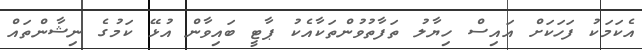
އެކަމަކު ފަހަކަށް އައިސް ހިޔާލު ތަފާތުވުންތަކާއެކު ޕާޓީ ބައިވާން އުޅޭ ކަމުގެ ނިޝާންތައް